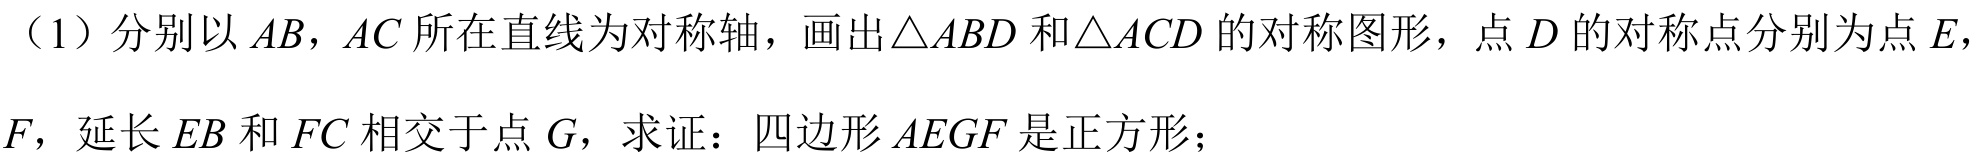
（1）分别以\(AB，AC\)所在直线为对称轴，画出\(\triangle ABD\)和\(\triangle ACD\)的对称图形，点\(D\)的对称点分别为点\(E\)，\(F\)，延长\(EB\)和\(FC\)相交于点\(G\)，求证：四边形\(AEGF\)是正方形；